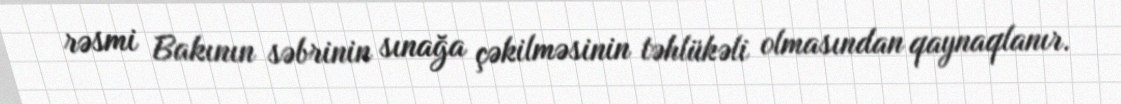
rəsmi Bakının səbrinin sınağa çəkilməsinin təhlükəli olmasından qaynaqlanır.